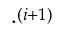
\cdot ^ { ( i + 1 ) }